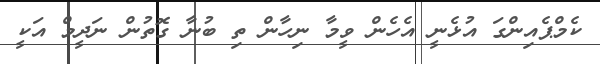
ކެމްޕެއިންގަ އުޅެނީ އެހެން ވީމާ ނިހާން ތި ބުނާ ގޮތުން ނަދީމް އަކީ